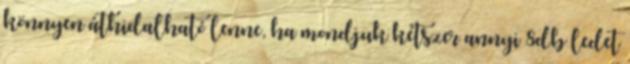
könnyen áthidalható lenne, ha mondjuk kétszer annyi 8db ledet